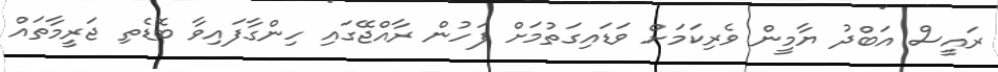
ރައީސް އަބްދު ޔާމީން ވެރިކަމަށް ވަޑައިގަތުމަށް ފަހުން ރާއްޖޭގައި ހިންގާފައިވާ ބޮޑެތި ޖަރީމާތައް